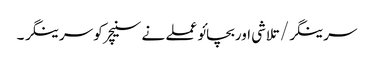
سرینگر/تلاشی اوربچائو عملے نے سنیچر کو سرینگر ۔